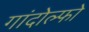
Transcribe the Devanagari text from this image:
गांदोल्फो